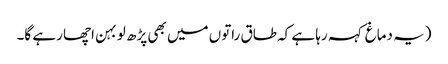
(یہ دماغ کہہ رہا ہے کہ طاق راتوں میں بھی پڑھ لو بہن اچھا رہے گا۔